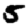
Digit: 5